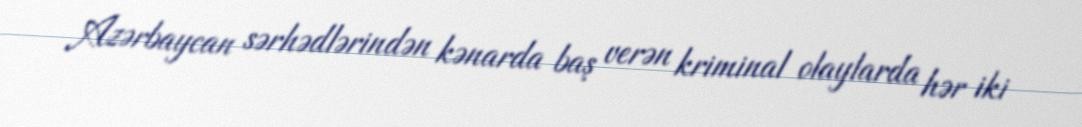
Azərbaycan sərhədlərindən kənarda baş verən kriminal olaylarda hər iki